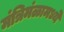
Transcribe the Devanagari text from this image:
मंत्रिमंळामध्ये